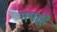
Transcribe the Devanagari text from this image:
गयाहै